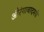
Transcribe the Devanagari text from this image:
औरंगाबादमधे